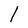
Character: l